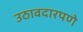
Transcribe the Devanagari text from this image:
उठावदारपणे